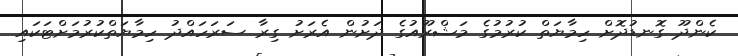
ކެންދޫ ގޮނޑުދޮށް ހިމާޔަތް ކުރުމުގެ މަޝްރޫއުގެ ދަށުން އެރަށު ގިރާ ސަރަހައްދު ހިމާޔަތްކުރުމަށްޓަކައި